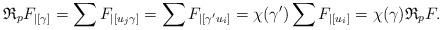
LaTeX: \begin{align*} \mathfrak R_pF_{|[\gamma]} = \sum F_{|[u_j\gamma]} = \sum F_{|[\gamma' u_i]} = \chi(\gamma') \sum F_{|[u_i]} = \chi(\gamma) \mathfrak R_pF. \end{align*}